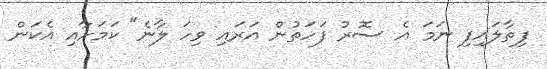
ފިތާލައިފި ނަމަ އެ ސޮރު ފަހަތުން އަރައި ވިހަ ލާނެ" ކަމަށާއި އެކަން